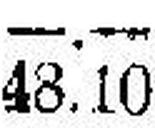
48.10